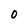
Character: 0